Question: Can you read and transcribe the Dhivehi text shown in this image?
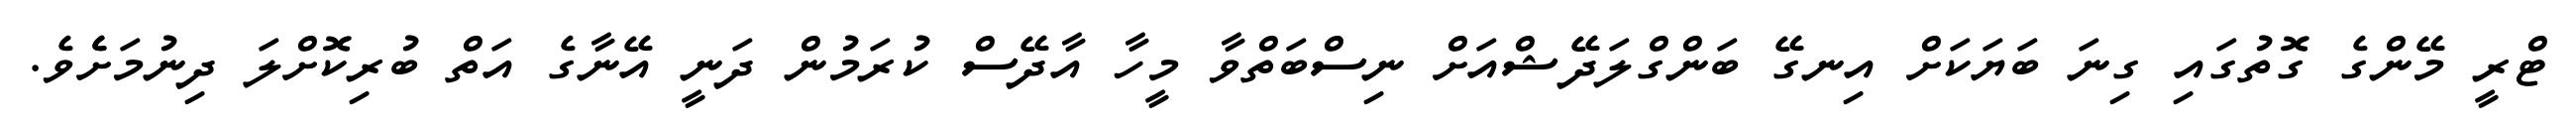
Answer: ޓްރީ މޭންގެ ގޮތުގައި ގިނަ ބަޔަކަށް އިނގޭ ބަންގްލަދޭޝްއަށް ނިސްބަތްވާ މީހާ އާދޭސް ކުރަމުން ދަނީ އޭނާގެ އަތް ބުރިކޮށްލަ ދިނުމަށެެވެ.